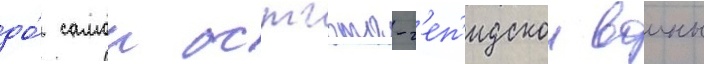
до́ самои остгото-г'еп'идскои воины